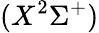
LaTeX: (X^{2}\Sigma^{+})